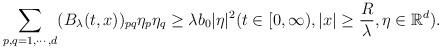
LaTeX: \begin{align*}\sum_{p,q = 1, \cdots, d}(B_\lambda(t,x))_{pq} \eta_p \eta_q \geq \lambda b_0 |\eta|^2 (t \in [0,\infty) , |x| \geq \frac{R}{\lambda}, \eta \in \mathbb{R}^d ).\end{align*}